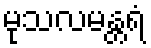
မုသလမန္တရံ